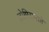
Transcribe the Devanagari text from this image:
तोपिरामाते